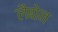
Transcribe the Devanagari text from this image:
लैबोन